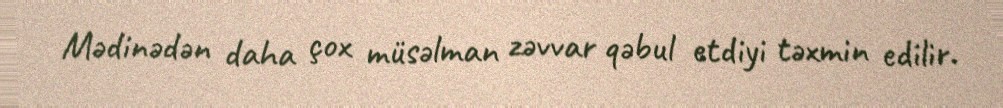
Mədinədən daha çox müsəlman zəvvar qəbul etdiyi təxmin edilir.